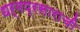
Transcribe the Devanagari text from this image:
धर्मप्रसाराची